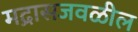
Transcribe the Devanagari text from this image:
मद्रासजवळील